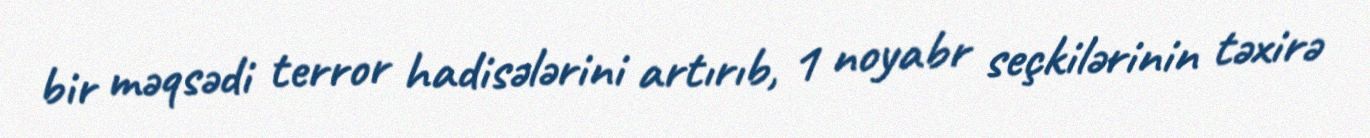
bir məqsədi terror hadisələrini artırıb, 1 noyabr seçkilərinin təxirə